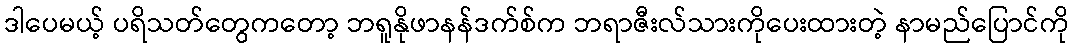
ဒါပေမယ့် ပရိသတ်တွေကတော့ ဘရူနိုဖာနန်ဒက်စ်က ဘရာဇီးလ်သားကိုပေးထားတဲ့ နာမည်ပြောင်ကို